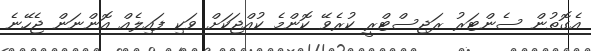
އެގޮތުން ސެންޓަރު ރަޖިސްޓްރީ ކުރެވޭ ކޮންމެ ކުއްޖަކަށް ވަކި ފައިލެއް އޮންނަން ޖެހޭނެ